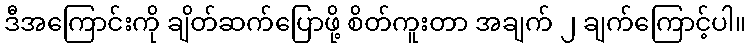
ဒီအကြောင်းကို ချိတ်ဆက်ပြောဖို့ စိတ်ကူးတာ အချက် ၂ ချက်ကြောင့်ပါ။